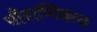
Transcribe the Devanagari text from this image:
पौराणिकच